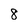
Character: 8